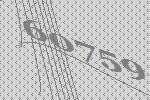
60759